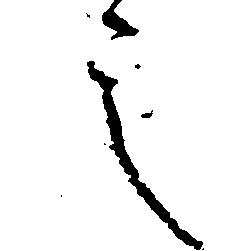
言